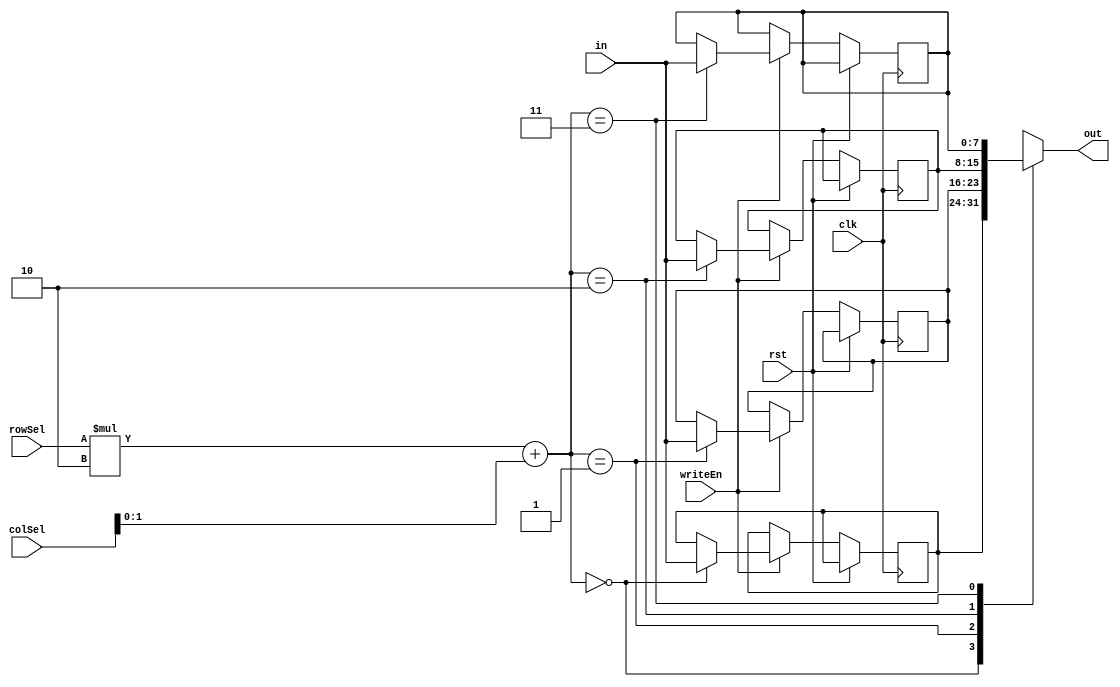
module matrix2 (clk, rst, writeEn, in, out, rowSel, colSel);
  parameter M = 2;
  parameter N = 2;
  parameter DW = 8;

  input clk, rst, writeEn;
  input [DW-1:0] in;
  output [DW-1:0] out;
  input [DW-1:0] rowSel, colSel;
  reg [DW-1:0] memArr[N-1:0][M-1:0];
always @ (posedge clk, posedge rst) begin
  if(rst) begin
  //
  end
  else begin
    if(writeEn) begin
      memArr[rowSel][colSel] <= in;
    end
  end
end

assign out = memArr[rowSel][colSel];

endmodule // matrix2